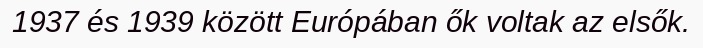
1937 és 1939 között Európában ők voltak az elsők.